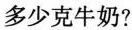
多少克牛奶?